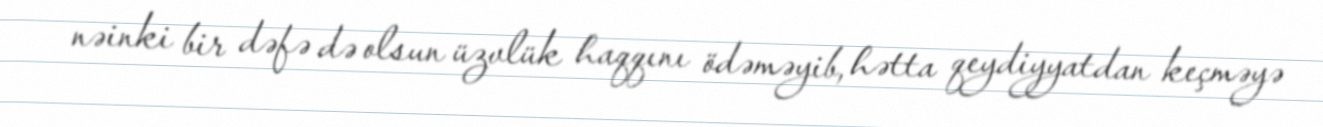
nəinki bir dəfə də olsun üzvlük haqqını ödəməyib, hətta qeydiyyatdan keçməyə